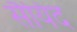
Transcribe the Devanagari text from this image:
सैयिद